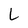
Character: L